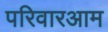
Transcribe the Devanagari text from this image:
परिवारआम